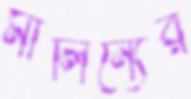
মালিন্যের